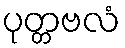
ပုတ္တဗလံ